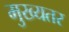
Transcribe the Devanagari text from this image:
मुख्यतर